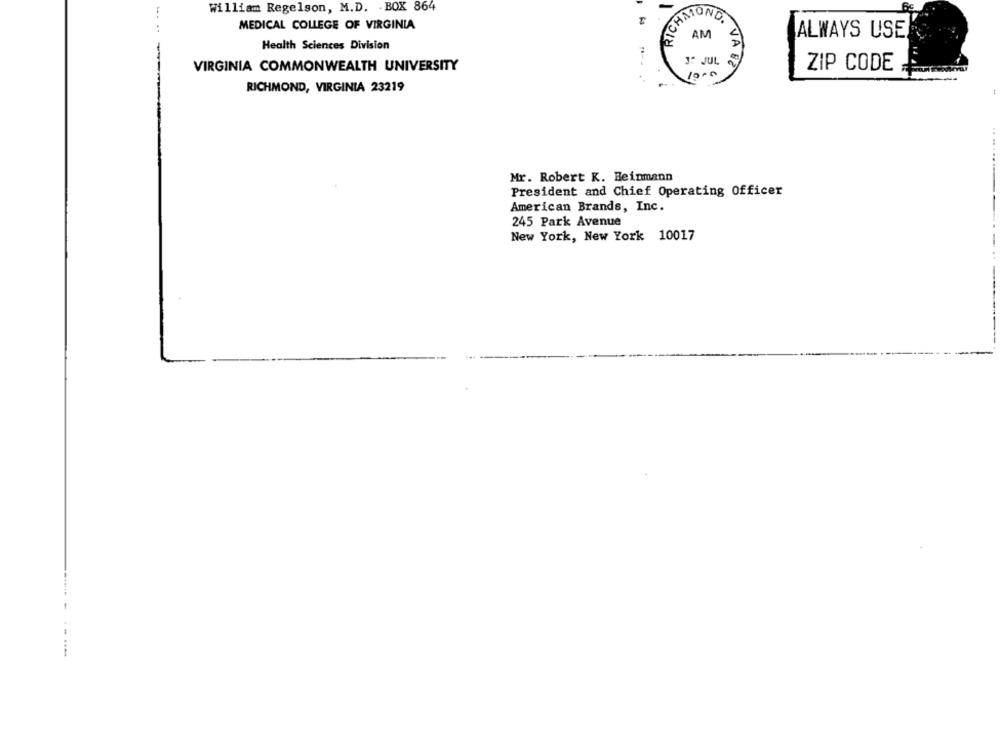
William Regelson, M.D. . BOX 864
HMOND.
MEDICAL COLLEGE OF VIRGINIA
AM
ALWAYS USE
Health Sciences Division
3: JUL
VIRGINIA COMMONWEALTH UNIVERSITY
JA 82
10.0
ZIP CODE
RICHMOND, VIRGINIA 23219
Mr. Robert K. Feinmann
President and Chief Operating Officer
American Brands, Inc.
245 Park Avenue
New York, New York 10017
-------